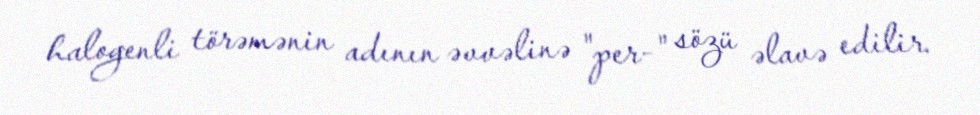
halogenli törəmənin adının əvvəlinə "per-" sözü əlavə edilir.